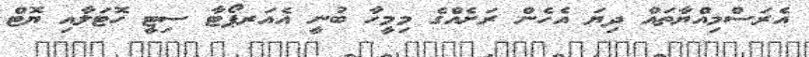
އެރަސްމިއްޔާތައް ދިޔަ އެހެން ރަށެއްގެ މިމީހާ ބުނީ އެއަރޕޯޓާ ސިޓީ ހޮޓަލާއި ޔޮޓް